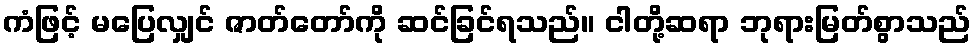
ကံဖြင့် မပြေလျှင် ဇာတ်တော်ကို ဆင်ခြင်ရသည်။ ငါတို့ဆရာ ဘုရားမြတ်စွာသည်